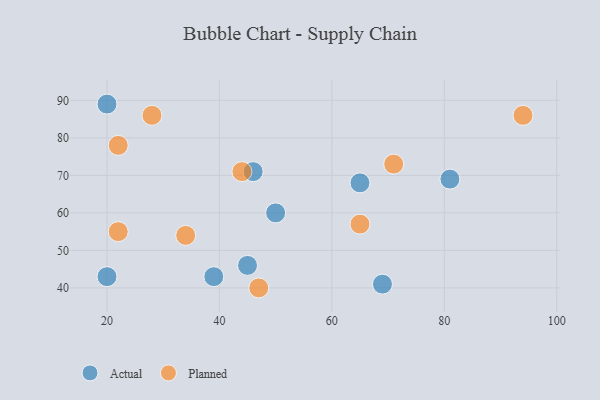
{"axis": {"x": "GDP", "y": "Life Expectancy"}, "legend": ["Actual", "Planned"], "data": [{"x": "69", "y": 41, "type": "Actual"}, {"x": "81", "y": 69, "type": "Actual"}, {"x": "20", "y": 89, "type": "Actual"}, {"x": "65", "y": 68, "type": "Actual"}, {"x": "39", "y": 43, "type": "Actual"}, {"x": "20", "y": 43, "type": "Actual"}, {"x": "50", "y": 60, "type": "Actual"}, {"x": "45", "y": 46, "type": "Actual"}, {"x": "46", "y": 71, "type": "Actual"}, {"x": "22", "y": 55, "type": "Planned"}, {"x": "71", "y": 73, "type": "Planned"}, {"x": "65", "y": 57, "type": "Planned"}, {"x": "22", "y": 78, "type": "Planned"}, {"x": "28", "y": 86, "type": "Planned"}, {"x": "94", "y": 86, "type": "Planned"}, {"x": "34", "y": 54, "type": "Planned"}, {"x": "44", "y": 71, "type": "Planned"}, {"x": "47", "y": 40, "type": "Planned"}]}